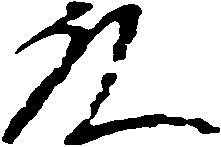
殿